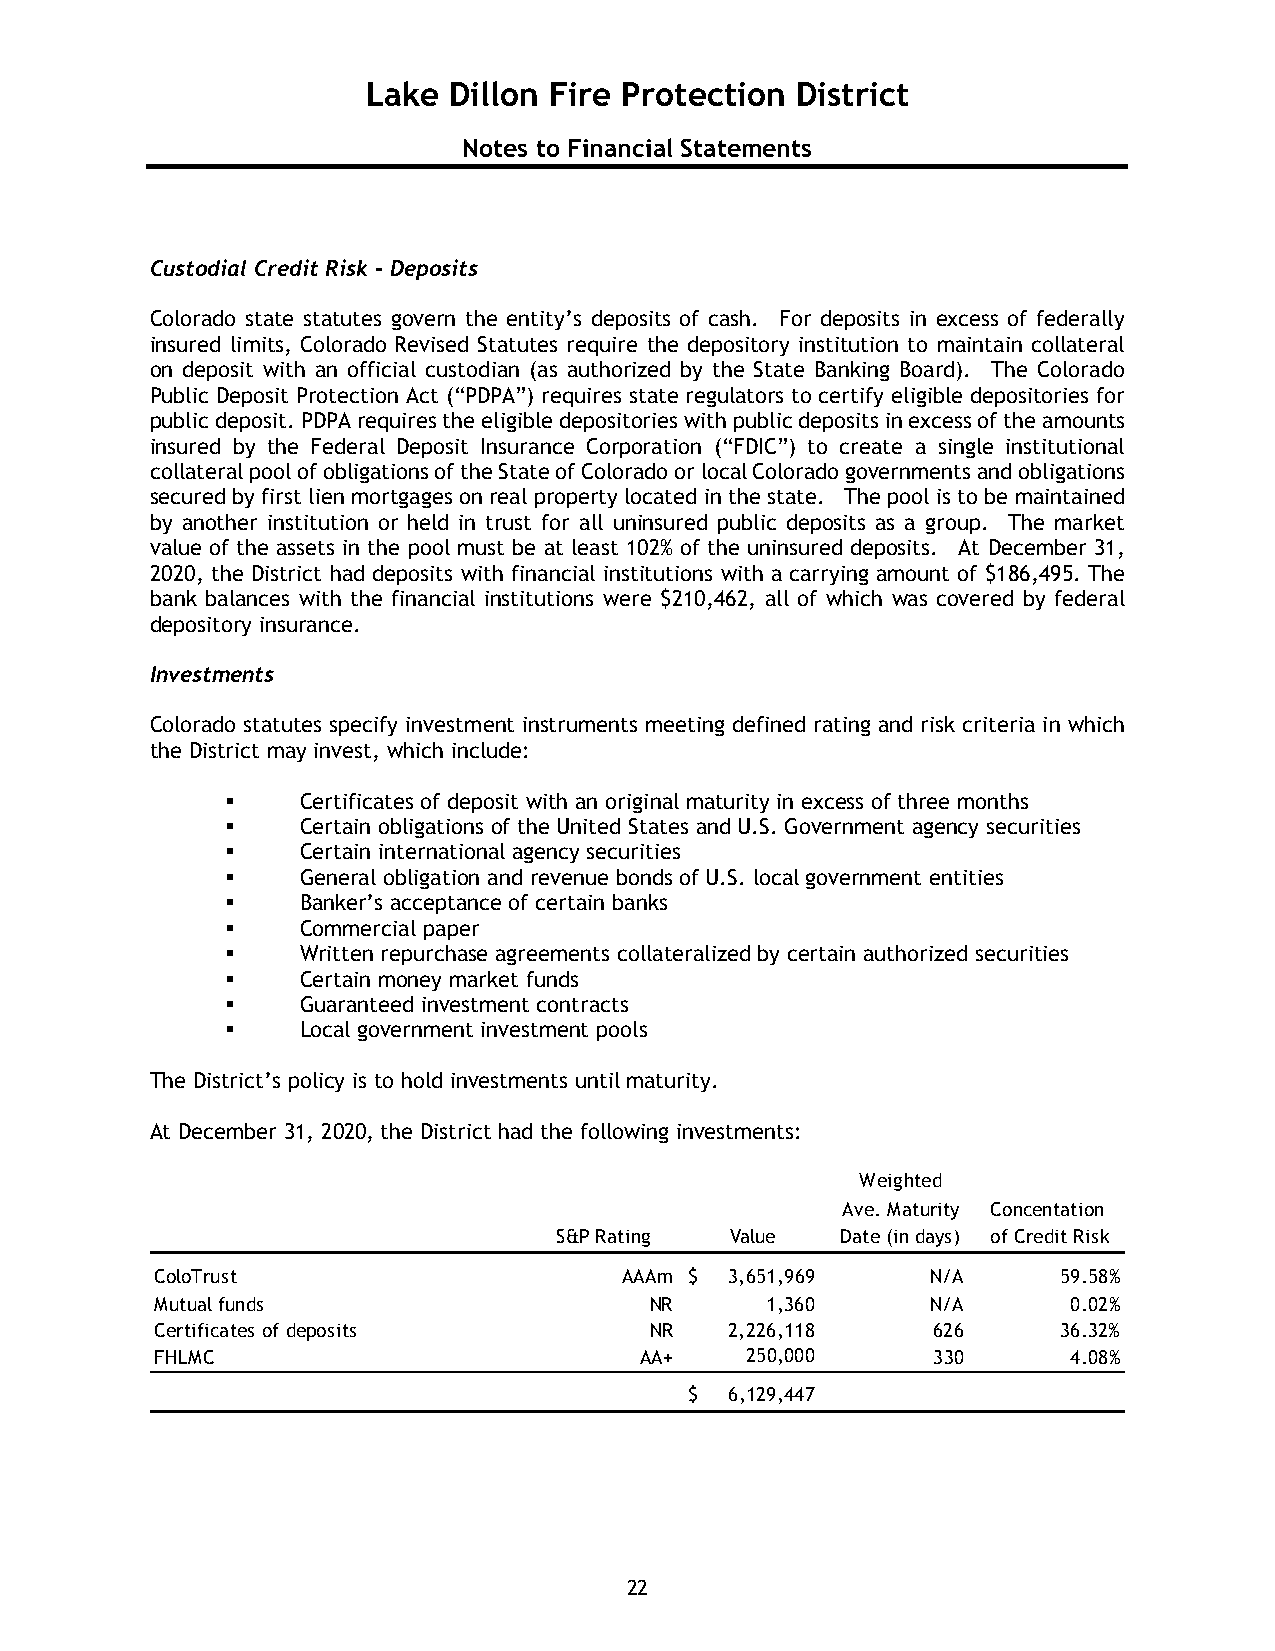
Lake  Dillon Fire Protection District
 Notes to Financial Statements
 Custodial Credit Risk - Deposits
 Colorado state statutes govern the entity’s deposits of cash. For deposits in excess of federally
 insured limits, Colorado Revised Statutes require the depository institution to maintain collateral
 on deposit with an official custodian (as authorized by the State Banking Board). The Colorado
 Public Deposit Protection Act (“PDPA”) requires state regulators to certify eligible depositories for
 public deposit. PDPA requires the eligible depositories with public deposits in excess of the amounts
 insured by the Federal Deposit Insurance Corporation (“FDIC”) to create a single institutional
 collateral pool of obligations of the State of Colorado or local Colorado governments and obligations
 secured by first lien mortgages on real property located in the state. The pool is to be maintained
 by another institution or held in trust for all uninsured public deposits as a group. The market
 value of the assets in the pool must be at least 102% of the uninsured deposits. At December 31,
 2020, the District had deposits with financial institutions with a carrying amount of $186,495. The
 bank balances with the financial institutions were $210,462, all of which was covered by federal
 depository insurance.
 Investments
 Colorado statutes specify investment instruments meeting defined rating and risk criteria in which
 the District may invest, which include:
     Certificates of deposit with an original maturity in excess of three months
     Certain obligations of the United States and U.S. Government agency securities
     Certain international agency securities
     General obligation and revenue bonds of U.S. local government entities
     Banker’s acceptance of certain banks
     Commercial paper
     Written repurchase agreements collateralized by certain authorized securities
     Certain money market funds
     Guaranteed investment contracts
     Local government investment pools
 The District’s policy is to hold investments until maturity.
 At December 31, 2020, the District had the following investments:
 Weighted
 Ave. Maturity Concentation
 S&P Rating Value   Date (in days) of Credit Risk
 ColoTrust                      AAAm $ 3 ,651,969    N/A     59.58%
 Mutual funds                     NR      1,360      N/A      0.02%
 Certificates of deposits         NR   2,226,118     626     36.32%
 FHLMC                           AA+    250,000      330      4.08%
 $ 6,129,447
 22